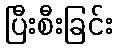
ပြီးစီးခြင်း